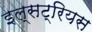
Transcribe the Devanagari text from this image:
इल्सट्रियस